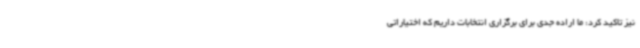
نیز تاکید کرد: ما اراده جدی برای برگزاری انتخابات داریم که اختیاراتی